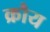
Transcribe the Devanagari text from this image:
क्रौय